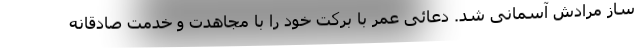
ساز مرادش آسمانی شد. دعائی عمر با برکت خود را با مجاهدت و خدمت صادقانه